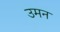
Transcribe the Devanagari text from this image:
उमन